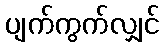
ပျက်ကွက်လျှင်